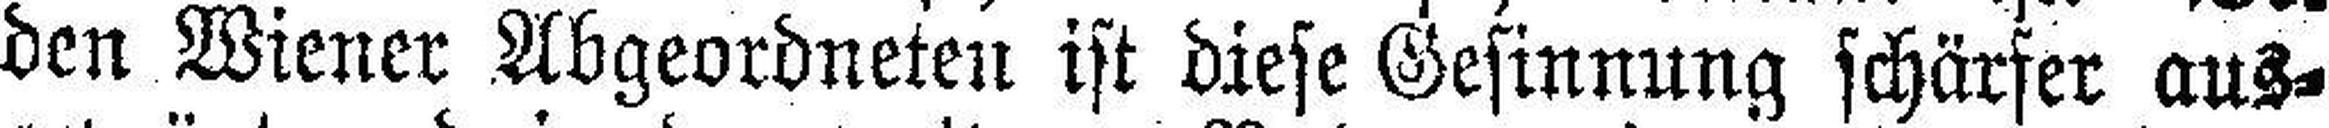
den Wiener Abgeordneten ist diese Gesinnung schärfer aus¬